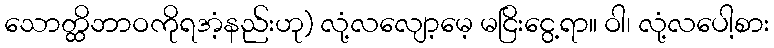
သောတ္ထိဘာဝကိုရအံ့နည်းဟု) လုံ့လလျော့မေ့ မငြိးငွေ့ရာ။ ဝါ၊ လုံ့လပေါ့စား